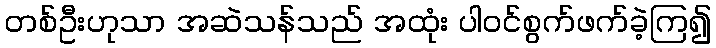
တစ်ဦးဟုသာ အဆဲသန်သည် အထုံး ပါဝင်စွက်ဖက်ခဲ့ကြ၍